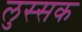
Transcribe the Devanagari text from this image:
लुस्सक